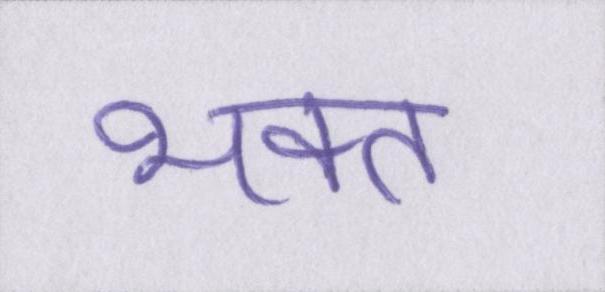
भक्त